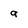
Character: 9